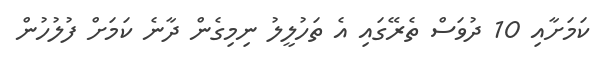
ކަމަށާއި 10 ދުވަސް ތެރޭގައި އެ ތަހުލީލު ނިމިގެން ދާނެ ކަމަށް ފުލުހުން